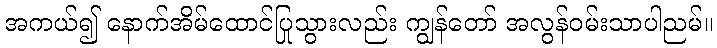
အကယ်၍ နောက်အိမ်ထောင်ပြုသွားလည်း ကျွန်တော် အလွန်ဝမ်းသာပါညမ်။